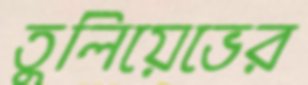
তুলিয়েভের